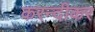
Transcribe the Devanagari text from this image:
करन्दीकर